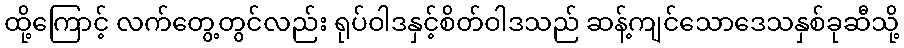
ထို့ကြောင့် လက်တွေ့တွင်လည်း ရုပ်ဝါဒနှင့်စိတ်ဝါဒသည် ဆန့်ကျင်သောဒေသနှစ်ခုဆီသို့